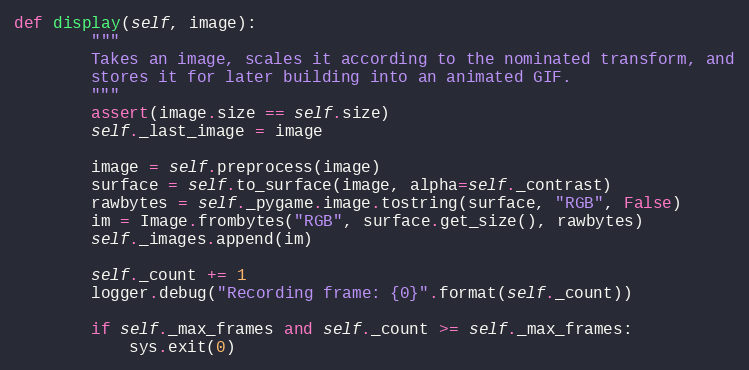
Language: Python
def display(self, image):
        """
        Takes an image, scales it according to the nominated transform, and
        stores it for later building into an animated GIF.
        """
        assert(image.size == self.size)
        self._last_image = image

        image = self.preprocess(image)
        surface = self.to_surface(image, alpha=self._contrast)
        rawbytes = self._pygame.image.tostring(surface, "RGB", False)
        im = Image.frombytes("RGB", surface.get_size(), rawbytes)
        self._images.append(im)

        self._count += 1
        logger.debug("Recording frame: {0}".format(self._count))

        if self._max_frames and self._count >= self._max_frames:
            sys.exit(0)